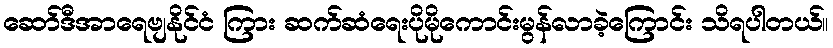
ဆော်ဒီအာရေဗျနိုင်ငံ ကြား ဆက်ဆံရေးပိုမိုကောင်းမွန်လာခဲ့ကြောင်း သိရပါတယ်။